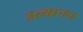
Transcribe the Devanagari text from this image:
उत्थानन